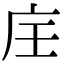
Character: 𢇦